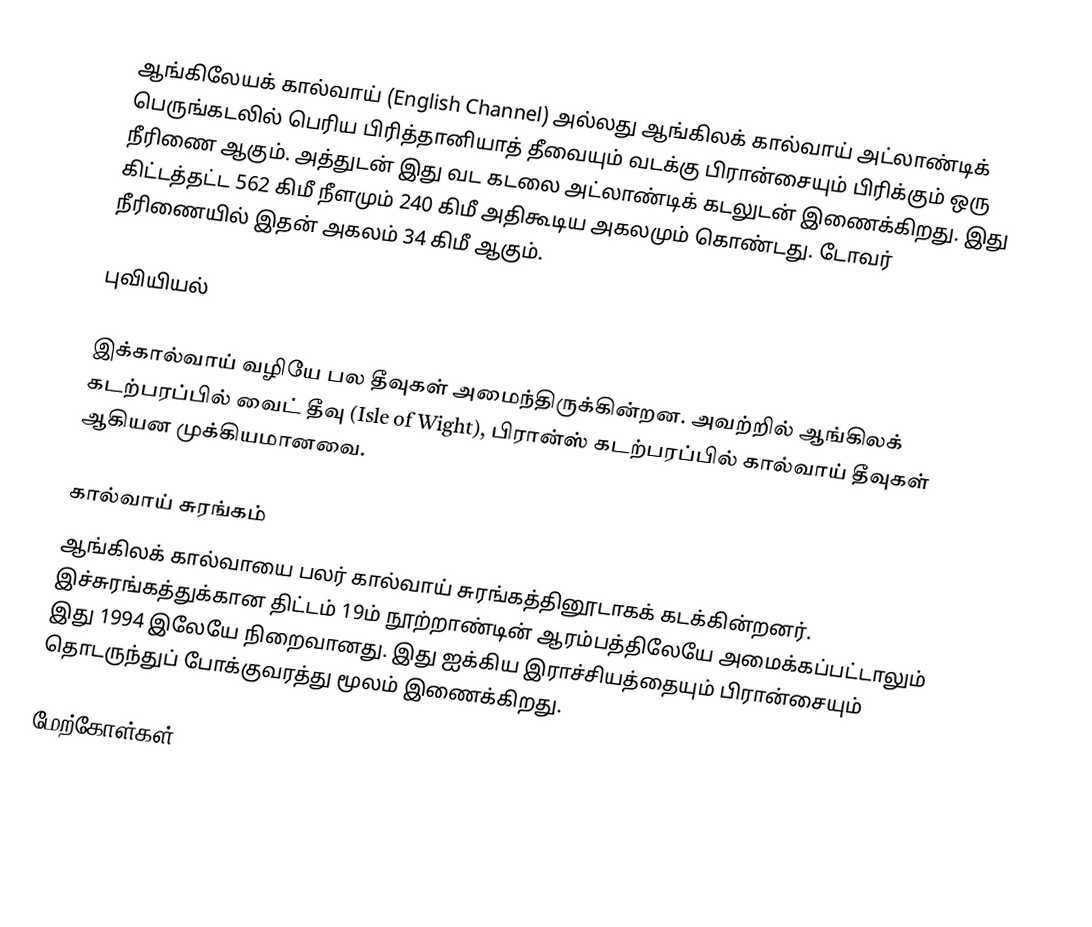
ஆங்கிலேயக் கால்வாய் (English Channel) அல்லது ஆங்கிலக் கால்வாய் அட்லாண்டிக் பெருங்கடலில் பெரிய பிரித்தானியாத் தீவையும் வடக்கு பிரான்சையும் பிரிக்கும் ஒரு நீரிணை ஆகும். அத்துடன் இது வட கடலை அட்லாண்டிக் கடலுடன் இணைக்கிறது. இது கிட்டத்தட்ட 562 கிமீ நீளமும் 240 கிமீ அதிகூடிய அகலமும் கொண்டது. டோவர் நீரிணையில் இதன் அகலம் 34 கிமீ ஆகும்.

புவியியல்

இக்கால்வாய் வழியே பல தீவுகள் அமைந்திருக்கின்றன. அவற்றில் ஆங்கிலக் கடற்பரப்பில் வைட் தீவு (Isle of Wight), பிரான்ஸ் கடற்பரப்பில் கால்வாய் தீவுகள் ஆகியன முக்கியமானவை.

கால்வாய் சுரங்கம்
ஆங்கிலக் கால்வாயை பலர் கால்வாய் சுரங்கத்தினூடாகக் கடக்கின்றனர். இச்சுரங்கத்துக்கான திட்டம் 19ம் நூற்றாண்டின் ஆரம்பத்திலேயே அமைக்கப்பட்டாலும் இது 1994 இலேயே நிறைவானது. இது ஐக்கிய இராச்சியத்தையும் பிரான்சையும் தொடருந்துப் போக்குவரத்து மூலம் இணைக்கிறது.

மேற்கோள்கள்